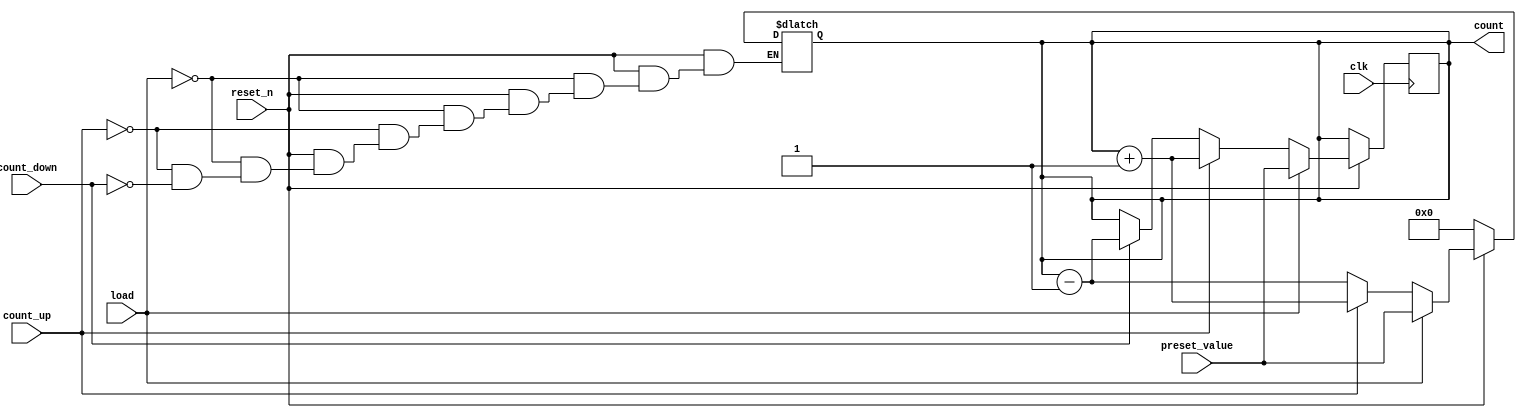
module async_counter #(
    parameter WIDTH = 4 // Define the bit width of the counter (e.g., 4-bit)
) (
    input wire clk,          // Clock input
    input wire reset_n,     // Asynchronous active-low reset
    input wire load,        // Load signal to preset the counter
    input wire [WIDTH-1:0] preset_value, // Value to load into the counter
    input wire count_up,     // Count up mode control
    input wire count_down,   // Count down mode control
    output reg [WIDTH-1:0] count // Current count value
);

    // Asynchronous reset
    always @(*) begin
        if (!reset_n) begin
            count = 0; // Reset the counter to 0
        end else if (load) begin
            count = preset_value; // Load the preset value
        end else if (count_up) begin
            count = count + 1; // Increment the counter
        end else if (count_down) begin
            count = count - 1; // Decrement the counter
        end
    end

    // Synchronous update on clock edge
    always @(posedge clk) begin
        // The count value is updated based on the control signals
        if (reset_n) begin
            // Only update count if not reset
            if (load) begin
                count <= preset_value; // Load the preset value
            end else if (count_up) begin
                count <= count + 1; // Increment the counter
            end else if (count_down) begin
                count <= count - 1; // Decrement the counter
            end
        end
    end

endmodule